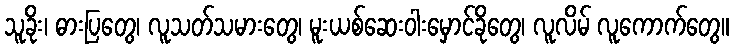
သူခိုး၊ ဓားပြတွေ၊ လူသတ်သမားတွေ၊ မူးယစ်ဆေးဝါးမှောင်ခိုတွေ၊ လူလိမ် လူကောက်တွေ။